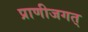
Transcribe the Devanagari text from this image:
प्राणीजगत्